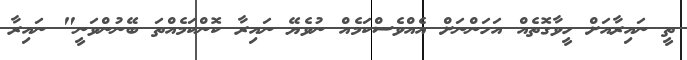
ތީ ނައިރާއަށް ހީވާގޮތެއް އަހަންނަށް އެއްވެސްކަމެއް ނުވެޔޭ ނައިރާ ކޮންކަމެއްތަ ބޭނުންވަނީ" ނައިރާ